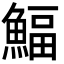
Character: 鰏